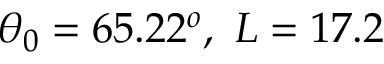
\theta _ { 0 } = 6 5 . 2 2 ^ { o } , \ L = 1 7 . 2